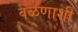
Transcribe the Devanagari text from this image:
वळणाशी